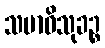
သမာဓိသုခဉ္စ